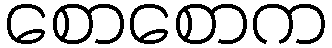
စောစောက